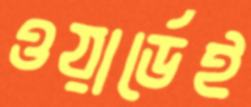
ওয়ার্ডেই